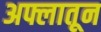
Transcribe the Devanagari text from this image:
अफ्लातून